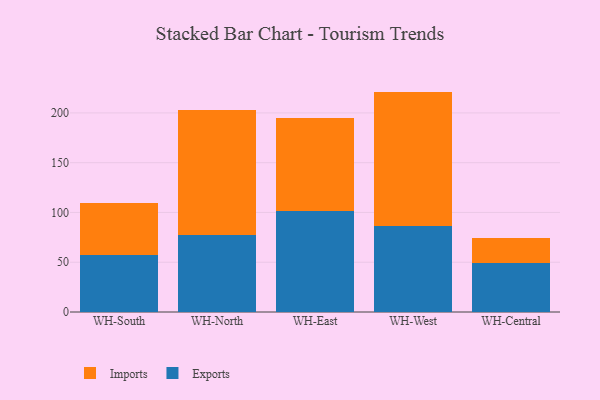
{"axis": {"x": "Warehouse", "y": "Energy Usage (MWh)"}, "legend": ["Exports", "Imports"], "data": [{"x": "WH-South", "y": 56.8, "type": "Exports"}, {"x": "WH-South", "y": 52.3, "type": "Imports"}, {"x": "WH-North", "y": 77.6, "type": "Exports"}, {"x": "WH-North", "y": 125.5, "type": "Imports"}, {"x": "WH-East", "y": 101.8, "type": "Exports"}, {"x": "WH-East", "y": 93.4, "type": "Imports"}, {"x": "WH-West", "y": 86.4, "type": "Exports"}, {"x": "WH-West", "y": 135.0, "type": "Imports"}, {"x": "WH-Central", "y": 48.9, "type": "Exports"}, {"x": "WH-Central", "y": 25.2, "type": "Imports"}]}